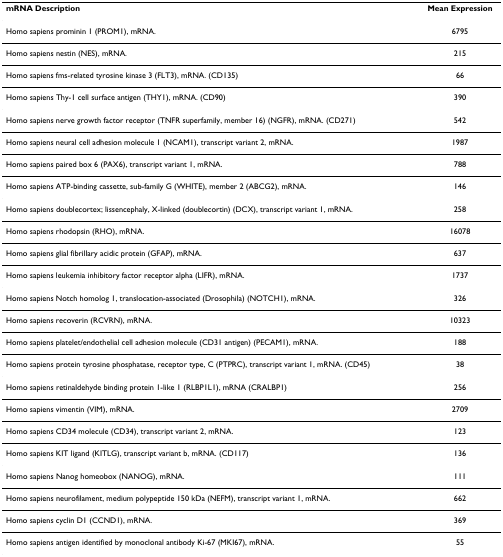
| mRNA Description | Mean Expression |
 | --- | --- |
 | Homo sapiens prominin 1 (PROM1), mRNA. | 6795 |
 | Homo sapiens nestin (NES), mRNA. | 215 |
 | Homo sapiens fms-related tyrosine kinase 3 (FLT3), mRNA. (CD135) | 66 |
 | Homo sapiens Thy-1 cell surface antigen (THY1), mRNA. (CD90) | 390 |
 | Homo sapiens nerve growth factor receptor (TNFR superfamily, member 16) (NGFR), mRNA. (CD271) | 542 |
 | Homo sapiens neural cell adhesion molecule 1 (NCAM1), transcript variant 2, mRNA. | 1987 |
 | Homo sapiens paired box 6 (PAX6), transcript variant 1, mRNA. | 788 |
 | Homo sapiens ATP-binding cassette, sub-family G (WHITE), member 2 (ABCG2), mRNA. | 146 |
 | Homo sapiens doublecortex; lissencephaly, X-linked (doublecortin) (DCX), transcript variant 1, mRNA. | 258 |
 | Homo sapiens rhodopsin (RHO), mRNA. | 16078 |
 | Homo sapiens glial fibrillary acidic protein (GFAP), mRNA. | 637 |
 | Homo sapiens leukemia inhibitory factor receptor alpha (LIFR), mRNA. | 1737 |
 | Homo sapiens Notch homolog 1, translocation-associated (Drosophila) (NOTCH1), mRNA. | 326 |
 | Homo sapiens recoverin (RCVRN), mRNA. | 10323 |
 | Homo sapiens platelet/endothelial cell adhesion molecule (CD31 antigen) (PECAM1), mRNA. | 188 |
 | Homo sapiens protein tyrosine phosphatase, receptor type, C (PTPRC), transcript variant 1, mRNA. (CD45) | 38 |
 | Homo sapiens retinaldehyde binding protein 1-like 1 (RLBP1L1), mRNA (CRALBP1) | 256 |
 | Homo sapiens vimentin (VIM), mRNA. | 2709 |
 | Homo sapiens CD34 molecule (CD34), transcript variant 2, mRNA. | 123 |
 | Homo sapiens KIT ligand (KITLG), transcript variant b, mRNA. (CD117) | 136 |
 | Homo sapiens Nanog homeobox (NANOG), mRNA. | 111 |
 | Homo sapiens neurofilament, medium polypeptide 150 kDa (NEFM), transcript variant 1, mRNA. | 662 |
 | Homo sapiens cyclin D1 (CCND1), mRNA. | 369 |
 | Homo sapiens antigen identified by monoclonal antibody Ki-67 (MKI67), mRNA. | 55 |